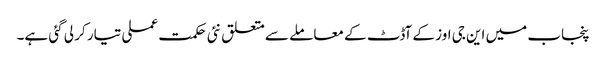
پنجاب میں این جی اوز کے آڈٹ کے معاملے سے متعلق نئی حکمت عملی تیار کر لی گئی ہے۔